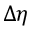
\Delta \eta